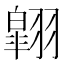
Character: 翶